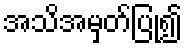
အသိအမှတ်ပြု၍